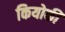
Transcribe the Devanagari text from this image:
कियोकी